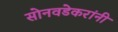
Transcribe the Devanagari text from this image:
सोनवडेकरांनी